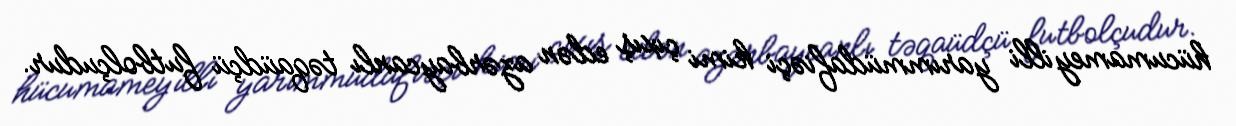
hücumameyilli yarımmüdafiəçi kimi çıxış edən azərbaycanlı təqaüdçü futbolçudur.